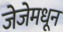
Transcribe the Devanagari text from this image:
जेजेमधून